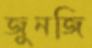
জুনজি